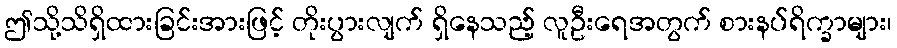
ဤသို့သိရှိထားခြင်းအားဖြင့် တိုးပွားလျက် ရှိနေသည့် လူဦးရေအတွက် စားနပ်ရိက္ခာများ၊